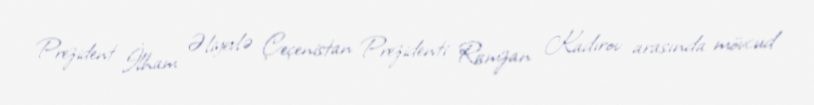
Prezident İlham Əliyevlə Çeçenistan Prezidenti Ramzan Kadırov arasında mövcud